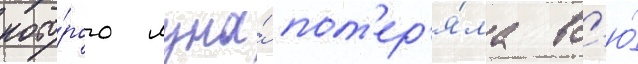
кото́рого луна́ пот'ер'я́ла вс'ю́